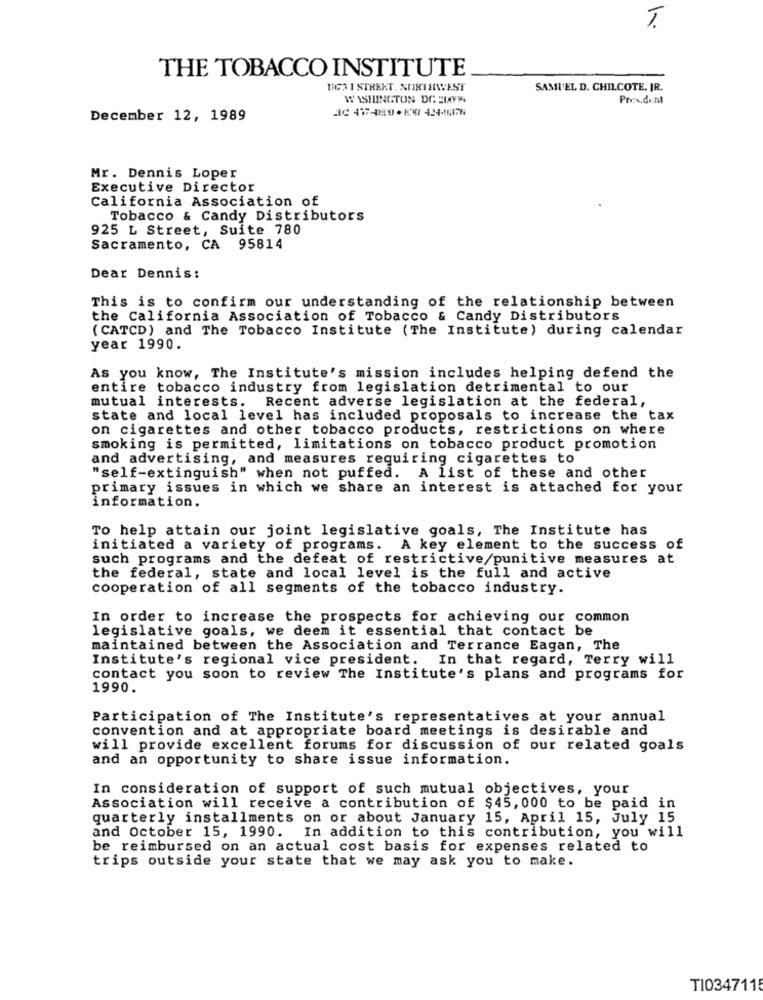
THE TOBACCO INSTITUTE
1175 1 STREET, NORTHWEST
SAMUEL D. CHILCOTE. JR.
WASHINGTON DC SUPP
President
December 12, 1989
Mr. Dennis Loper
Executive Director
California Association of
Tobacco & Candy Distributors
925 L Street, Suite 780
Sacramento, CA 95814
Dear Dennis:
This is to confirm our understanding of the relationship between
the California Association of Tobacco & Candy Distributors
(CATCD) and The Tobacco Institute (The Institute) during calendar
year 1990.
As you know, The Institute's mission includes helping defend the
entire tobacco industry from legislation detrimental to our
mutual interests. Recent adverse legislation at the federal,
state and local level has included proposals to increase the tax
on cigarettes and other tobacco products, restrictions on where
smoking is permitted, limitations on tobacco product promotion
and advertising, and measures requiring cigarettes to
"self-extinguish" when not puffed. A list of these and other
primary issues in which we share an interest is attached for your
information.
To help attain our joint legislative goals, The Institute has
initiated a variety of programs. A key element to the success of
such programs and the defeat of restrictive/punitive measures at
the federal, state and local level is the full and active
cooperation of all segments of the tobacco industry.
In order to increase the prospects for achieving our common
legislative goals, we deem it essential that contact be
maintained between the Association and Terrance Eagan, The
Institute's regional vice president.
In that regard, Terry will
contact you soon to review The Institute's plans and programs for
1990.
Participation of The Institute's representatives at your annual
convention and at appropriate board meetings is desirable and
will provide excellent forums for discussion of our related goals
and an opportunity to share issue information.
In consideration of support of such mutual objectives, your
Association will receive a contribution of $45,000 to be paid in
quarterly installments on or about January 15, April 15, July 15
and October 15, 1990. In addition to this contribution, you will
be reimbursed on an actual cost basis for expenses related to
trips outside your state that we may ask you to make.
T10347115